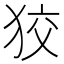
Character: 狡